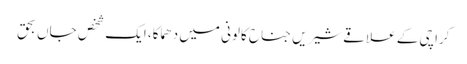
کراچی کے علاقے شیریں جناح کالونی میں دھماکا، ایک شخص جاں بحق